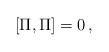
\begin{align*} [\Pi,\Pi]=0\,, \end{align*}